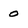
Character: 0